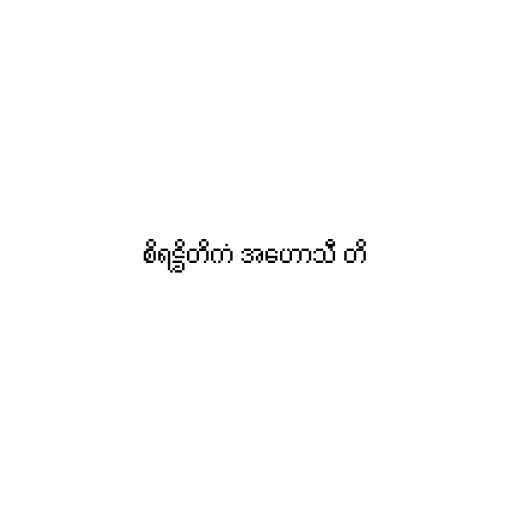
စိရဋ္ဌိတိကံ အဟောသီ တိ